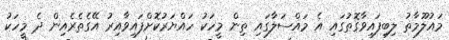
މައުލޫމާތު ލިބިފައިވާގޮތުގައި އެ މައްސަލާގައި ތިން މީހަކު ހައްޔަރުކޮށްފައިވާއިރު އޭގެތެރެއިން ދެ މީހަކު